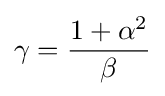
\gamma ={\frac {1+\alpha ^{2}}{\beta }}